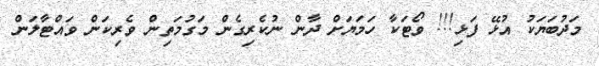
މަދުބަޔަކު އުޅޭ ފަޅި!!! ވޯޓަކާ ހަމަޔަށް ދާން ނުކެރިގެން މަގުމަތިން ވެރިކަން ވައްޓާލަން